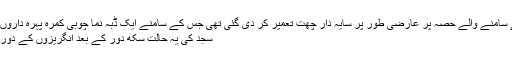
مسجد کے کھلے دالان کے سامنے والے حصہ پر عارضی طور پر سایہ دار چھت تعمیر کر دی گئی تھی جس کے سامنے ایک ڈبہ نما چوبی کمرہ پہرہ داروں کے لیے تعمیر کیا گیا تھا
سجد کی یہ حالت سکھ دور کے بعد انگریزوں کے دور میں بھی برقرار رہی لہٰذا ۔